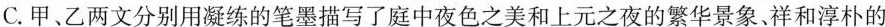
C.甲、乙两文分别用凝练的笔墨描写了庭中夜色之美和上元之夜的繁华景象、祥和淳朴的